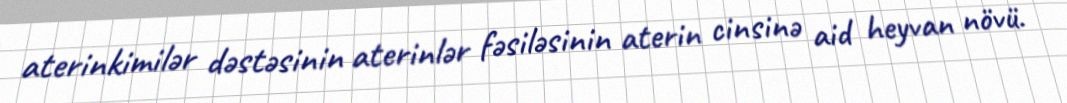
aterinkimilər dəstəsinin aterinlər fəsiləsinin aterin cinsinə aid heyvan növü.